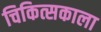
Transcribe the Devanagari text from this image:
चिकित्सकाला